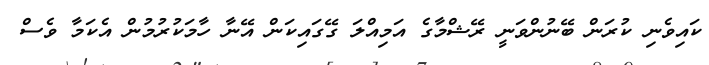
ކައިވެނި ކުރަން ބޭނުންވަނީ ރޭޝްމާގެ އަމިއްލަ ގޭގައިކަން އޭނާ ހާމަކުރުމުން އެކަމާ ވެސް